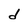
Character: d